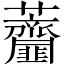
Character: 𧆌